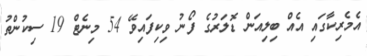
އެމެރިކާގައި އެއް ބިލިއަން ޑޮލަރުގެ ފޯނު ވިކިފައިވޭ 54 މިނެޓް 19 ސިކުންތު